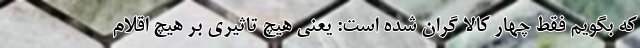
که بگویم فقط چهار کالا گران شده است: یعنی هیچ تاثیری بر هیچ اقلام